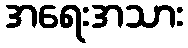
အရေးအသား